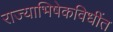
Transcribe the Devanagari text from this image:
राज्याभिषेकविधींत